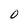
Character: 0